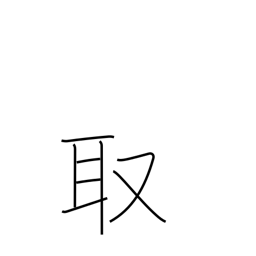
Meaning: take up